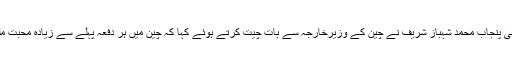
وزیراعلیٰ پنجاب محمد شہباز شریف نے چین کے وزیرخارجہ سے بات چیت کرتے ہوئے کہا کہ چین میں ہر دفعہ پہلے سے زیادہ محبت ملتی ہے۔